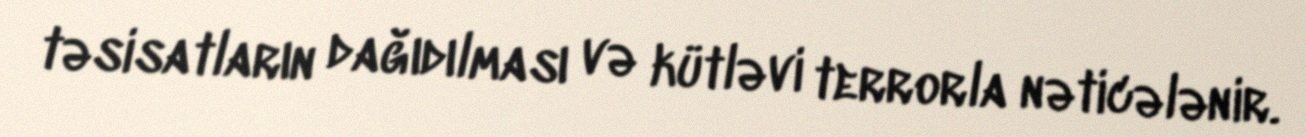
təsisatların dağıdılması və kütləvi terrorla nəticələnir.